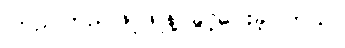
ကြည်ကြည်ဖြူဖြူနဲ့ ခွင့်ပေးခဲ့ပါတယ်။